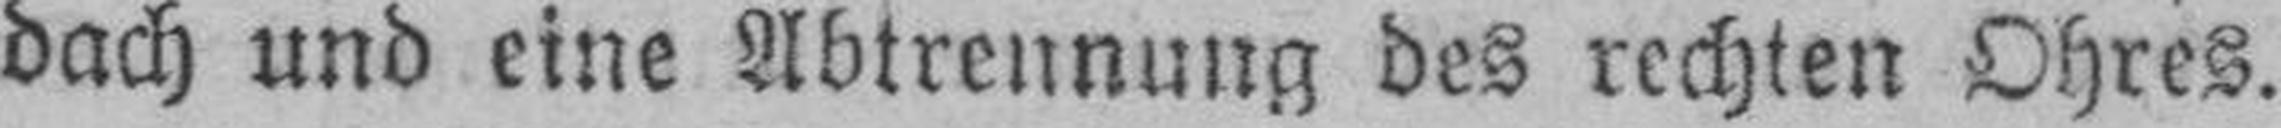
dach und eine Abtrennung des rechten Ohres.